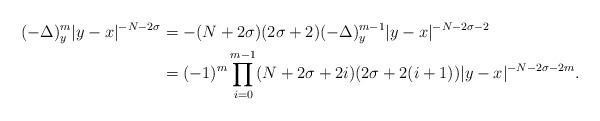
LaTeX: \begin{align*}(-\Delta)^m_{y} {|y-x|^{-N-2\sigma}} &=-(N+2\sigma)(2\sigma+2) (-\Delta)_y^{m-1}{|y-x|^{-N-2\sigma-2}}\\&=(-1)^{m}\prod\limits_{i=0}^{m-1}(N+2\sigma+2i)(2\sigma+2(i+1)){|y-x|^{-N-2\sigma-2m}}.\end{align*}